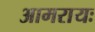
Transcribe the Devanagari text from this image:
आमरायः